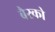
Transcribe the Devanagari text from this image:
बैरको